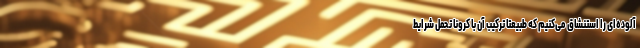
آلوده‌ای را استنشاق می‌کنیم که طبیعتا ترکیب آن با کرونا تحمل شرایط